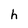
Character: h